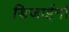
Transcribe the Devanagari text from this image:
डिजाईनों